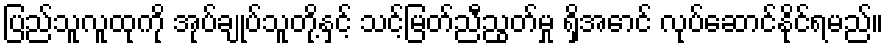
ပြည်သူလူထုကို အုပ်ချုပ်သူတို့နှင့် သင့်မြတ်ညီညွတ်မှု ရှိအောင် လုပ်ဆောင်နိုင်ရမည်။